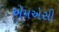
એમએસી